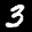
Label: 3